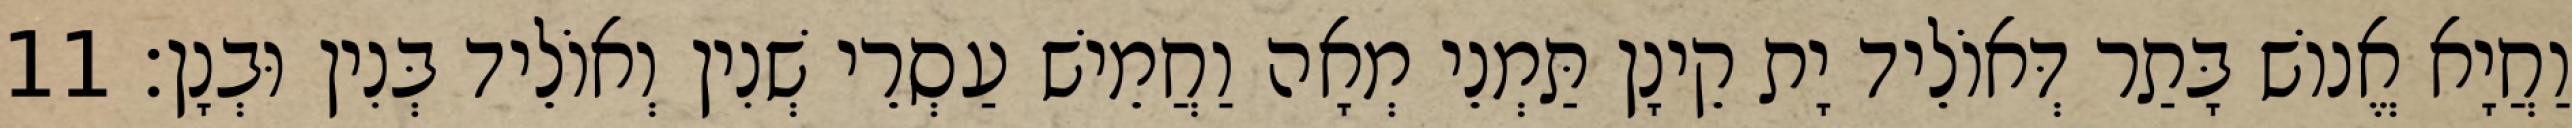
וַחֲיָא אֱנוֹשׁ בָּתַר דְּאוֹלֵיד יָת קֵינָן תַּמְנֵי מְאָה וַחֲמֵישׁ עַסְרֵי שְׁנִין וְאוֹלֵיד בְּנִין וּבְנָן׃ 11